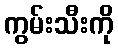
ကွမ်းသီးကို